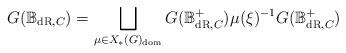
LaTeX: \begin{align*}G(\mathbb B_{\mathrm{dR},C}) = \bigsqcup_{\mu\in X_\ast(G)_{\mathrm{dom}}} G(\mathbb B_{\mathrm{dR},C}^+) \mu(\xi)^{-1} G(\mathbb B_{\mathrm{dR},C}^+)\end{align*}